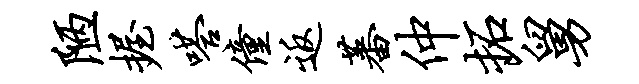
陋握嗒僮返蕃仲拓舅